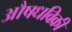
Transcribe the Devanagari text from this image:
औषधविक्री